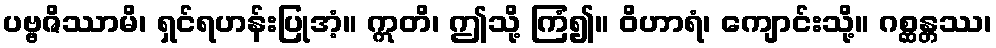
ပဗ္ဗဇိဿာမိ၊ ရှင်ရဟန်းပြုအံ့။ ဣတိ၊ ဤသို့ ကြံ၍။ ဝိဟာရံ၊ ကျောင်းသို့။ ဂစ္ဆန္တဿ၊